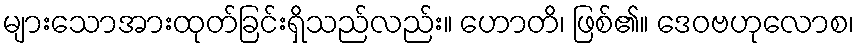
များသောအားထုတ်ခြင်းရှိသည်လည်း။ ဟောတိ၊ ဖြစ်၏။ ဒေဝဗဟုလောစ၊